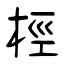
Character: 桱